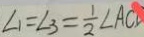
\angle 1 = \angle 3 = \frac { 1 } { 2 } \angle A C D